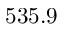
5 3 5 . 9